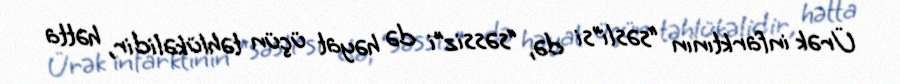
Ürək infarktının “səsli”si də, “səssiz”i də həyat üçün təhlükəlidir, hətta